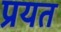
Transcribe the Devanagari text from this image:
प्रयत